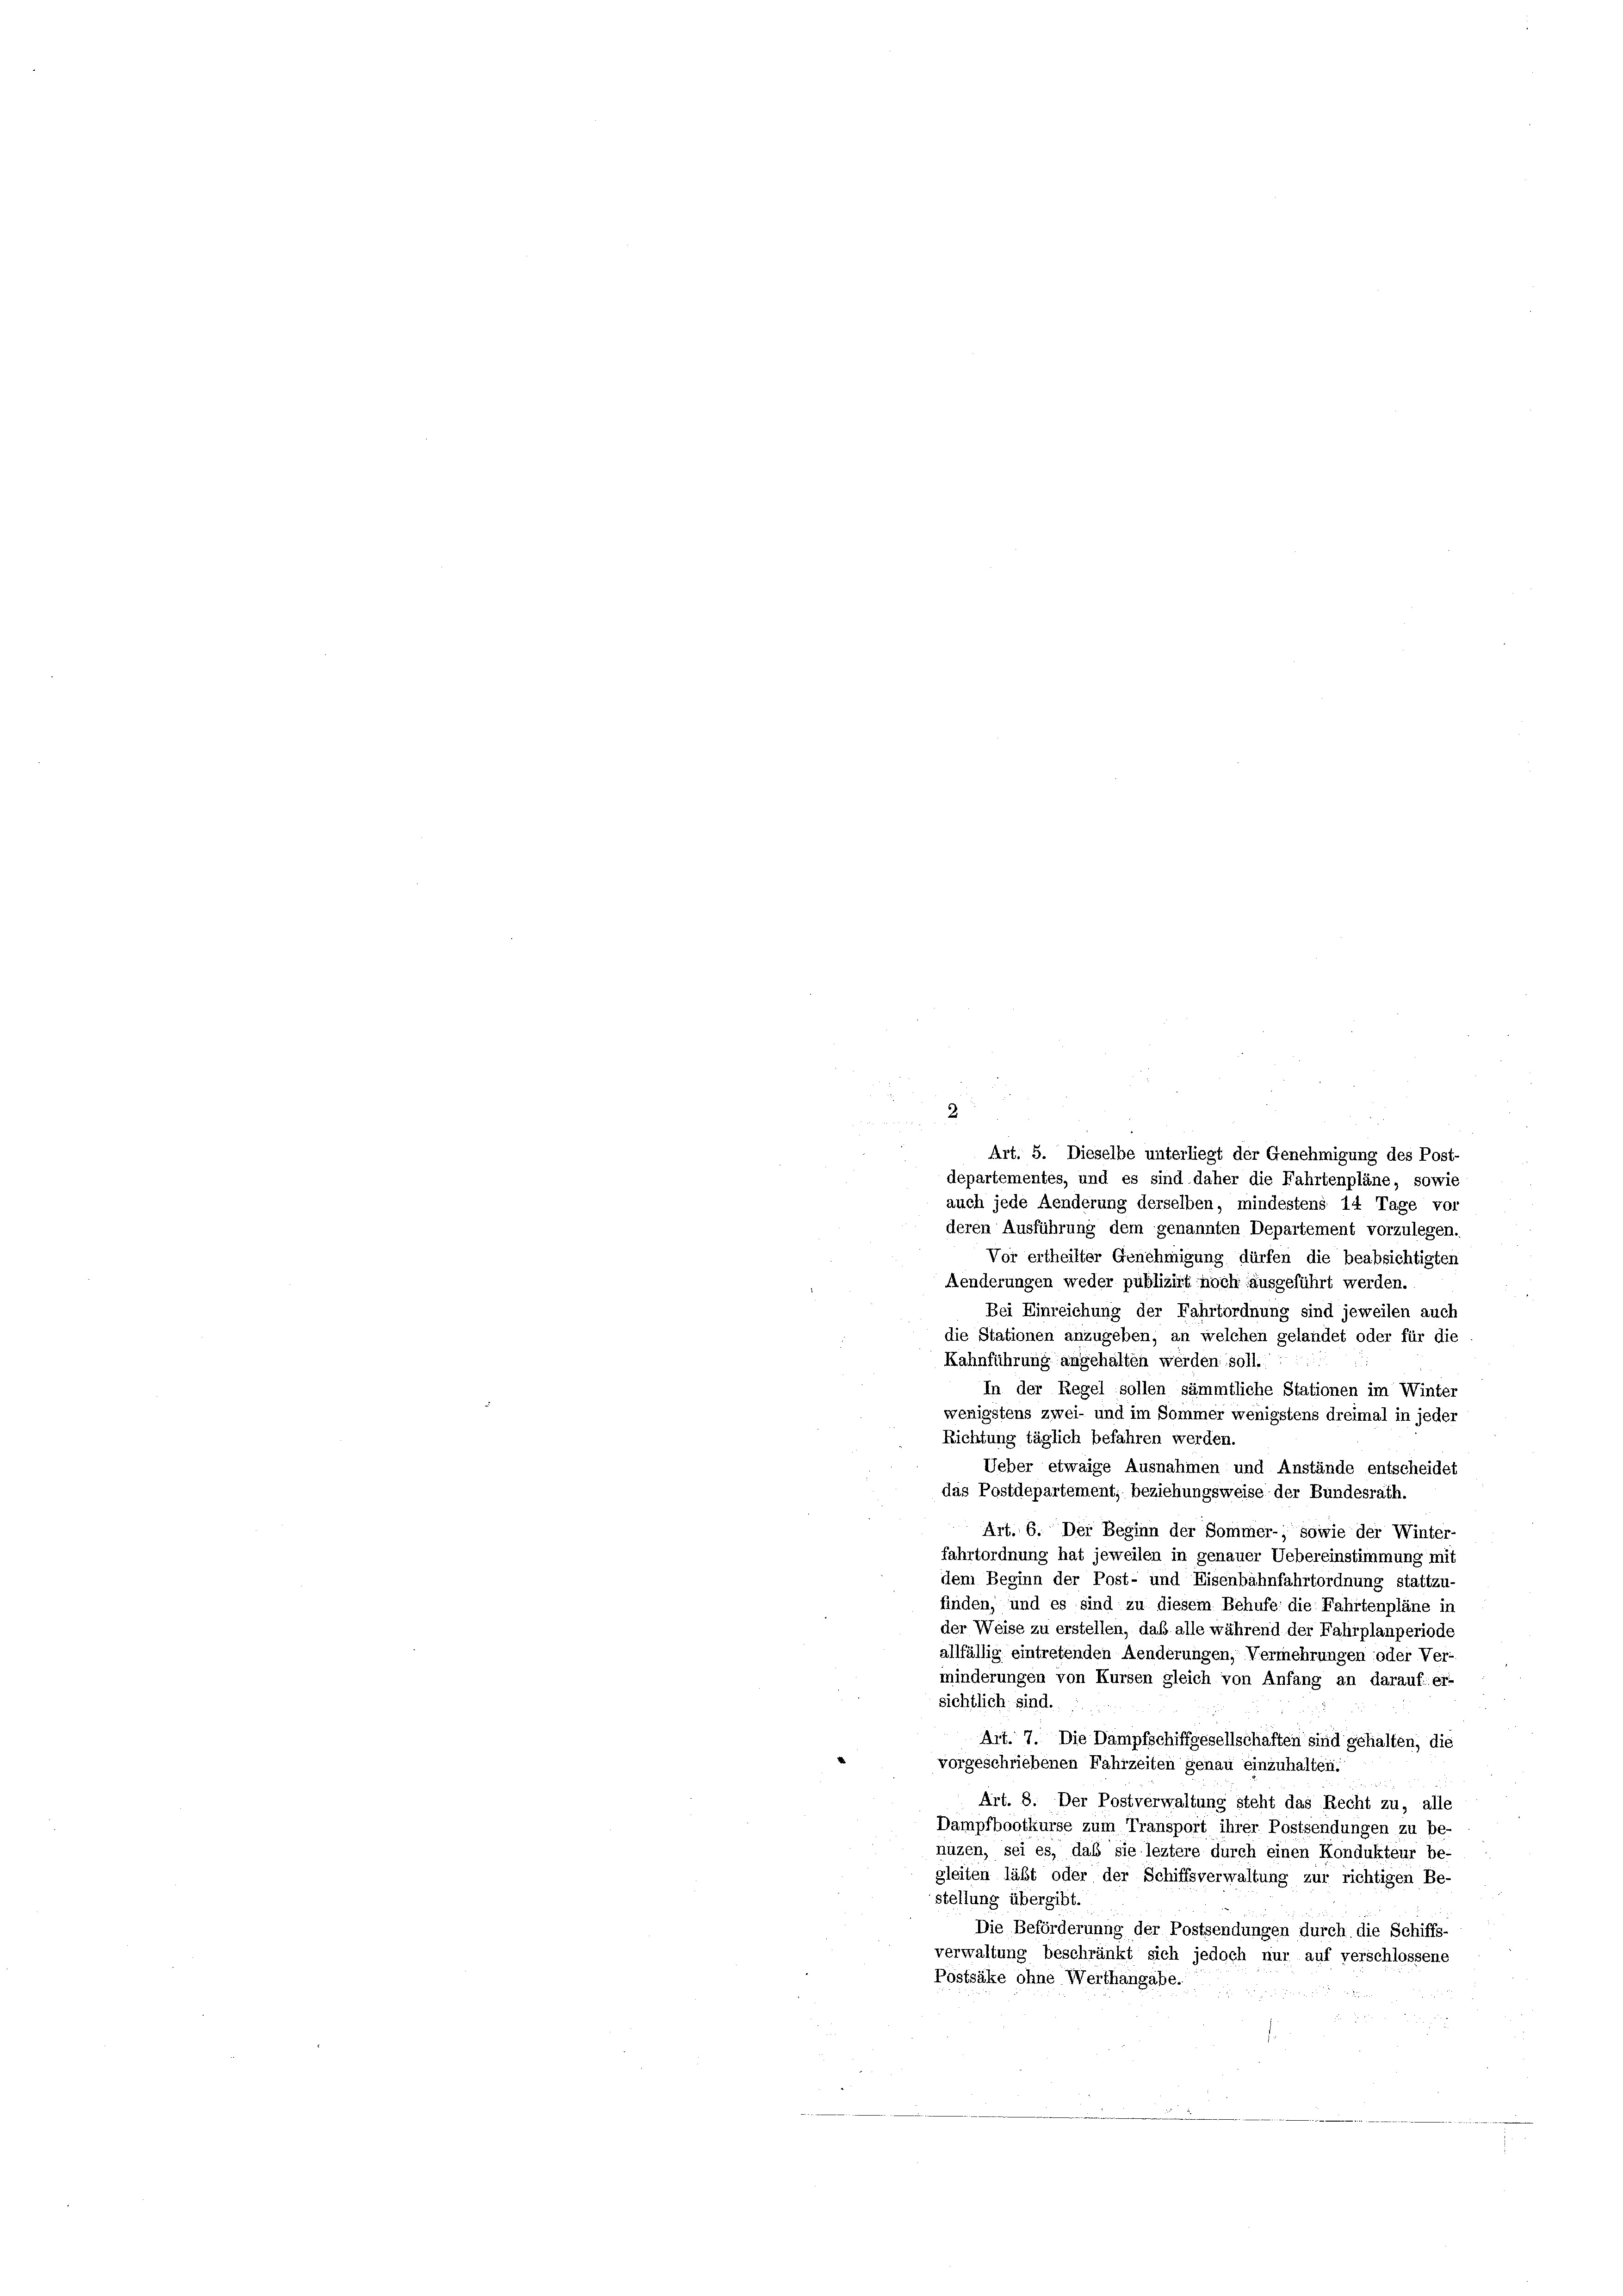
un
Art. 5. Dieselbe unterliegt der Genehmigung des Post
departementes, und es sind daher die Fahrtenpläne, sowie
auch jede Aenderung derselben, mindestens 14 Tage vor
deren Ausführung dem genannten Departement vorzulegen.
Vor ertheilter Genehmigung dürfen die beabsichtigten
Aenderungen weder publizirt noch ausgeführt werden.
Bei Einreichung der Fahrtordnung sind jeweilen auch
die Stationen anzugeben, an welchen gelandet oder für die
Kahnführung angehalten werden soll.
In der Regel sollen sämmtliche Stationen im Winter
wenigstens zwei- und im Sommer wenigstens dreimal in jeder
Richtung täglich befahren werden.
Ueber etwaige Ausnahmen und Anstände entscheidet
das Postdepartement, beziehungsweise der Bundesrath.
Art. 6. Der Beginn der Sommer-, sowie der Winter-
fahrtordnung hat jeweilen in genauer Uebereinstimmung mit
dem Beginn der Post- und Eisenbahnfahrtordnung stattzu-
finden, und es sind zu diesem Behufe die Fahrtenpläne in
der Weise zu erstellen, daß alle während der Fahrplanperiode
allfällig eintretenden Aenderungen, Vermehrungen oder Ver-
minderungen von Kursen gleich von Anfang an darauf: er-
sichtlich sind.
Art. 7. Die Dampfschiffgesellschaften sind gehalten, die
e
vorgeschriebenen Fahrzeiten genau einzuhalten:
Art. 8. Der Postverwaltung steht das Recht zu, alle
Dampfbootkurse zum Transport ihrer Postsendungen zu be-
nuzen, sei es, daß sie leztere durch einen Kondukteur be-
gleiten läßt oder der Schiffsverwaltung zur richtigen Be-
stellung übergibt.
Die Beförderung der Postsendungen durch die Schiffs-
verwaltung beschränkt sich jedoch nur auf verschlossene
Pöstsäke ohne Werthangabe.

2.